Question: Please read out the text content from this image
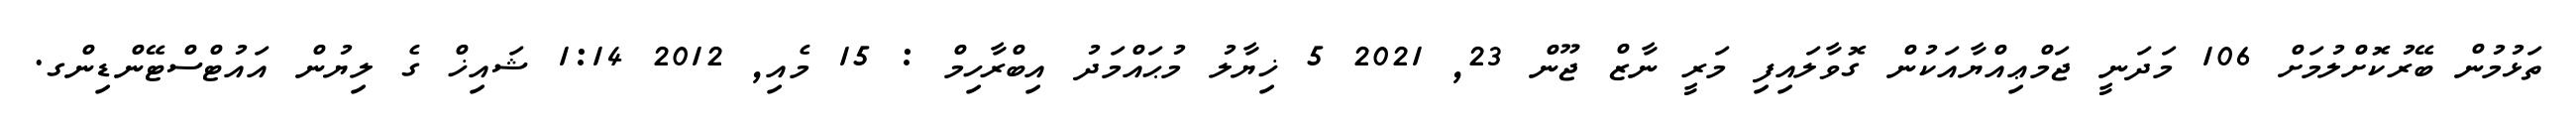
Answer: ތަޅުމުން ބޭރުކޮށްލުމަށް 106 މަދަނީ ޖަމްޢިއްޔާއަކުން ގޮވާލައިފި މަރީ ނާޒް ޖޫން 23, 2021 5 ޚިޔާލު މުޙައްމަދު އިބްރާހިމް : 15 މެއި, 2012 1:14 ޝައިޚް ގެ ލިޔުން އައުޓްސްޓޭންޑިންގ.